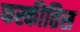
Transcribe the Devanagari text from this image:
फस्कीतिस